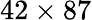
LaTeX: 42\times 87